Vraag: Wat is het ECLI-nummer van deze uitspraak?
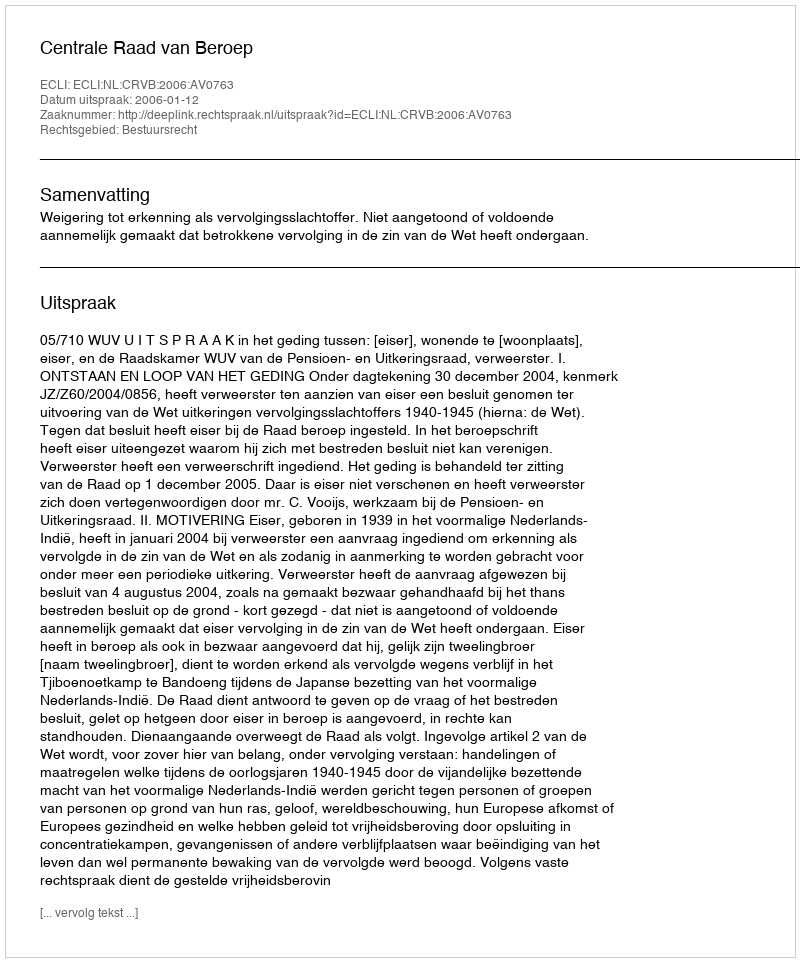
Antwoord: ECLI:NL:CRVB:2006:AV0763